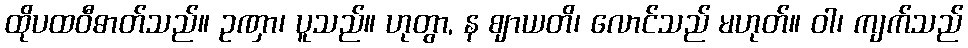
ထိုပထဝီဓာတ်သည်။ ဥဏှာ၊ ပူသည်။ ဟုတွာ, န ဈာယတိ၊ လောင်သည် မဟုတ်။ ဝါ၊ ကျက်သည်